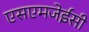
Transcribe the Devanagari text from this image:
एसएमजेईसी